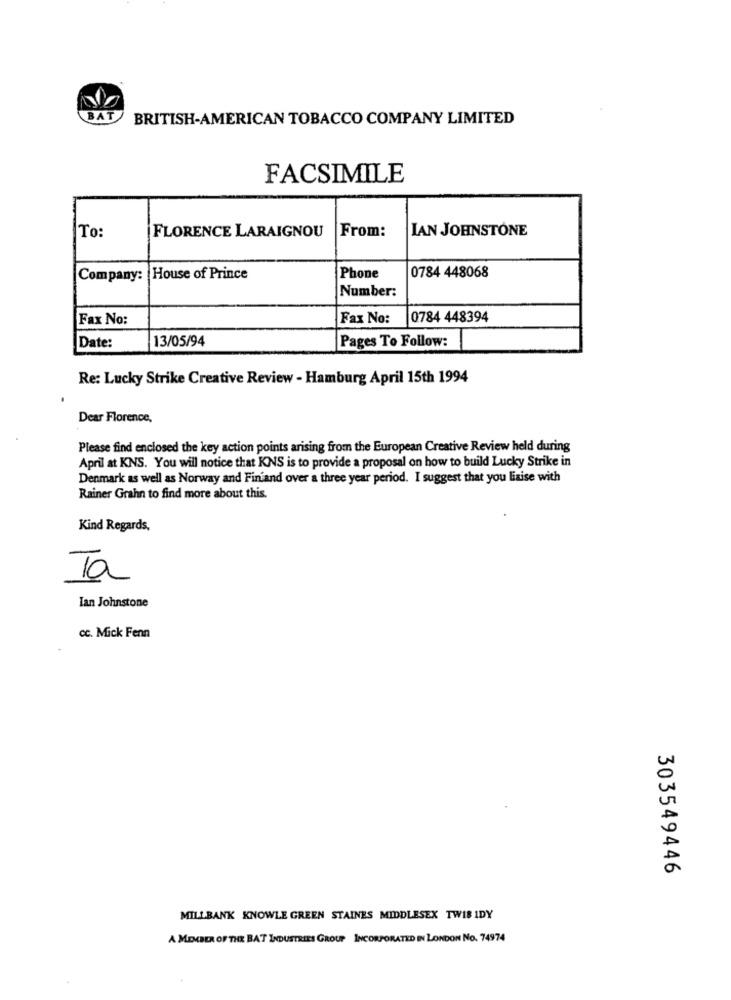
BAT
BRITISH-AMERICAN TOBACCO COMPANY LIMITED
FACSIMILE
FLORENCE LARAIGNOU
From:
IAN JOHNSTONE
To:
Company: House of Prince
Phone
0784 448068
Number:
Fax No:
Fax No:
0784 448394
13/05/94
Pages To Follow:
Date:
Re: Lucky Strike Creative Review - Hamburg April 15th 1994
Dear Florence,
Please find enclosed the key action points arising from the European Creative Review held during
April at KNS. You will notice that KNS is to provide a proposal on how to build Lucky Strike in
Denmark as well as Norway and Finiand over a three year period. I suggest that you liaise with
Rainer Grahn to find more about this.
Kind Regards,
Ta
Ian Johnstone
cc. Mick Fenn
303549446
MILLBANK KNOWLE GREEN STAINES MIDDLESEX TWIS IDY
A MEMBER OF THE BAT INDUSTRIES GROUP INCORPORATED IN LONDON No. 74974